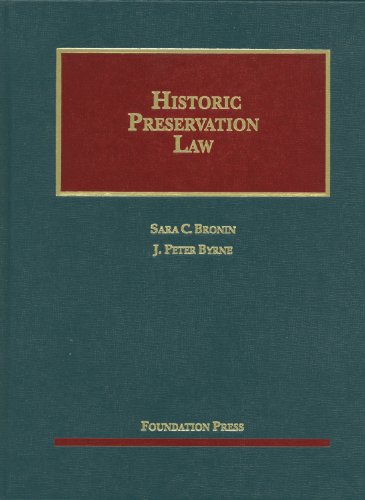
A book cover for Historic Preservation Law (University Casebook Series); Sara Bronin; Law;